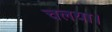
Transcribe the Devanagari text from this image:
चलया।